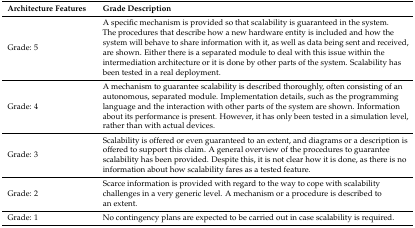
<table><thead><tr><td><b>Architecture Features</b></td><td><b>Grade Description</b></td></tr></thead><tbody><tr><td>Grade: 5</td><td>A specific mechanism is provided so that scalability is guaranteed in the system. The procedures that describe how a new hardware entity is included and how the system will behave to share information with it, as well as data being sent and received, are shown. Either there is a separated module to deal with this issue within the intermediation architecture or it is done by other parts of the system. Scalability has been tested in a real deployment.</td></tr><tr><td>Grade: 4</td><td>A mechanism to guarantee scalability is described thoroughly, often consisting of an autonomous, separated module. Implementation details, such as the programming language and the interaction with other parts of the system are shown. Information about its performance is present. However, it has only been tested in a simulation level, rather than with actual devices.</td></tr><tr><td>Grade: 3</td><td>Scalability is offered or even guaranteed to an extent, and diagrams or a description is offered to support this claim. A general overview of the procedures to guarantee scalability has been provided. Despite this, it is not clear how it is done, as there is no information about how scalability fares as a tested feature.</td></tr><tr><td>Grade: 2</td><td>Scarce information is provided with regard to the way to cope with scalability challenges in a very generic level. A mechanism or a procedure is described to an extent.</td></tr><tr><td>Grade: 1</td><td>No contingency plans are expected to be carried out in case scalability is required.</td></tr></tbody></table>